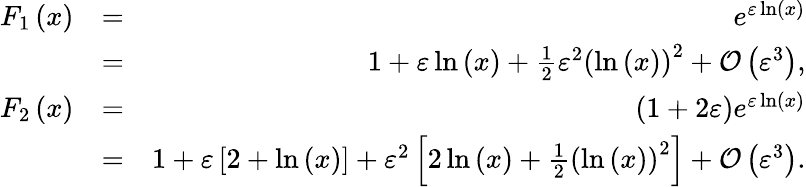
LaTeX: \begin{array}{rlr}{F_{1}\left(x\right)}&{=}&{e^{\varepsilon\ln\left(x\right)}}\\ &{=}&{1+\varepsilon\ln\left(x\right)+\frac{1}{2}\varepsilon^{2}\left(\ln\left(x\right)\right)^{2}+{\mathcal O}\left(\varepsilon^{3}\right),}\\ {F_{2}\left(x\right)}&{=}&{\left(1+2\varepsilon\right)e^{\varepsilon\ln\left(x\right)}}\\ &{=}&{1+\varepsilon\left[2+\ln\left(x\right)\right]+\varepsilon^{2}\left[2\ln\left(x\right)+\frac{1}{2}\left(\ln\left(x\right)\right)^{2}\right]+{\mathcal O}\left(\varepsilon^{3}\right).}\end{array}